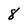
Character: 8